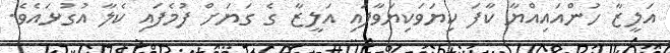
އަލީޒާ ހުންއައިއްޔާ ކާފަ ކިޔަވަކިޔަވާފައި އަލީޒާ ގެ ގަޔަށް ފުމެފައި ކެލާ އުގުޅައެވެ.